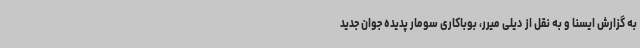
به گزارش ایسنا و به نقل از دیلی میرر، بوباکاری سومار پدیده جوان جدید